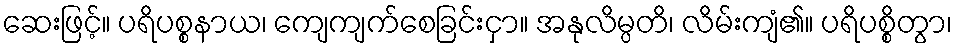
ဆေးဖြင့်။ ပရိပစ္စနာယ၊ ကျေကျက်စေခြင်းငှာ။ အနုလိမ္ပတိ၊ လိမ်းကျံ၏။ ပရိပစ္စိတွာ၊